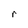
Character: r